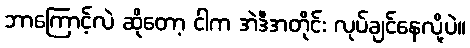
ဘာကြောင့်လဲ ဆိုတော့ ငါက အဲဒီအတိုင်း လုပ်ချင်နေလို့ပဲ။